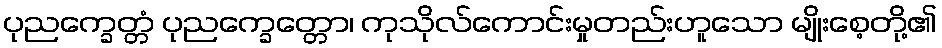
ပုညက္ခေတ္တံ ပုညက္ခေတ္တော၊ ကုသိုလ်ကောင်းမှုတည်းဟူသော မျိုးစေ့တို့၏